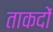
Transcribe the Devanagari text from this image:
ताकदों